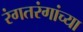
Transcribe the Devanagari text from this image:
रंगतरंगांच्या